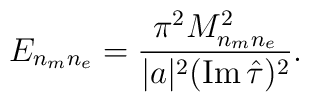
E_{n_m n_e}={\pi^2 M_{n_mn_e}^2\over |a|^2({\rm Im}\, \hat\tau)^2}.